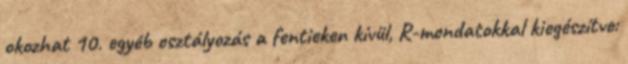
okozhat 10. egyéb osztályozás a fentieken kívül, R-mondatokkal kiegészítve: